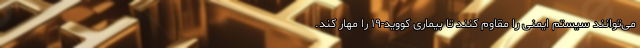
می‌توانند سیستم ایمنی را مقاوم کنند تا بیماری کووید-۱۹ را مهار کند.